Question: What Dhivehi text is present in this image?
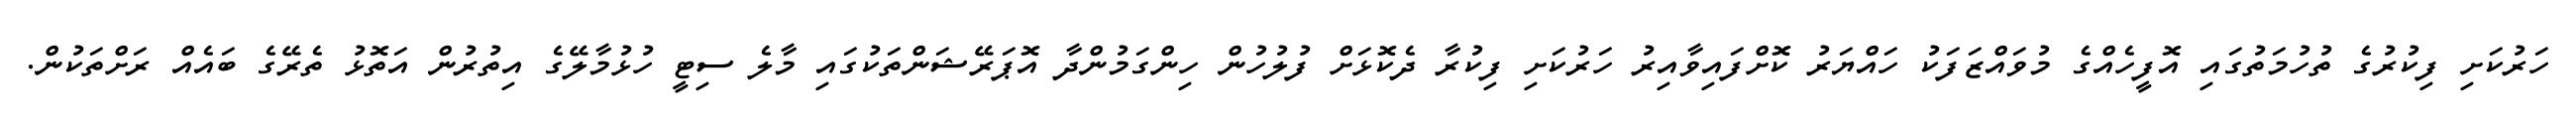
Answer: ހަރުކަށި ފިކުރުގެ ތުހުމަތުގައި އޮފީހެއްގެ މުވައްޒަފަކު ހައްޔަރު ކޮށްފައިވާއިރު ހަރުކަށި ފިކުރާ ދެކޮޅަށް ފުލުހުން ހިންގަމުންދާ އޮޕަރޭޝަންތަކުގައި މާލެ ސިޓީ ހުޅުމާލޭގެ އިތުރުން އަތޮޅު ތެރޭގެ ބައެއް ރަށްތަކުން.